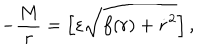
LaTeX: - \frac { M } { r } = \left[ \varepsilon \sqrt { f ( r ) + \dot { r } ^ { 2 } } \right] ,